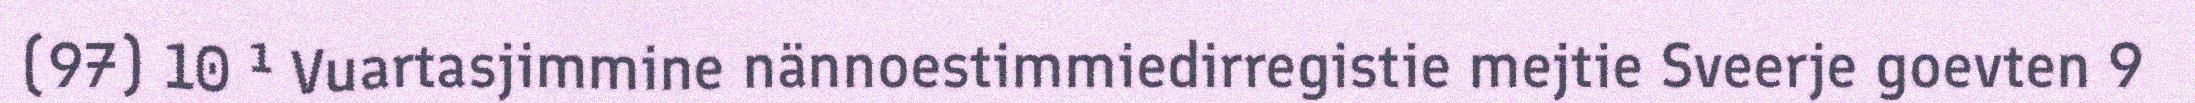
(97) 10 ¹ Vuartasjimmine nännoestimmiedirregistie mejtie Sveerje goevten 9